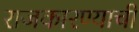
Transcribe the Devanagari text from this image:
राजकारण्याची